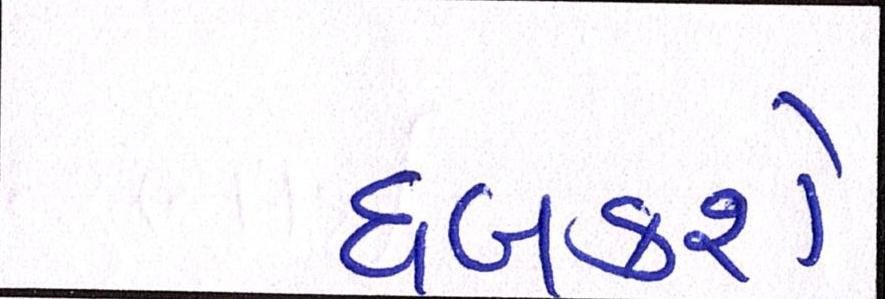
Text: ધબકશે